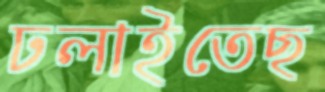
ঢলাইতেছ